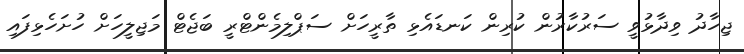
ޖިހާދު ވިދާޅުވީ ސަރުކާރުން ކުރިން ކަނޑައެޅި ތާރީހަށް ސަޕްލިމެންޓްރީ ބަޖެޓް މަޖިލީހަށް ހުށަހެޅިފައި